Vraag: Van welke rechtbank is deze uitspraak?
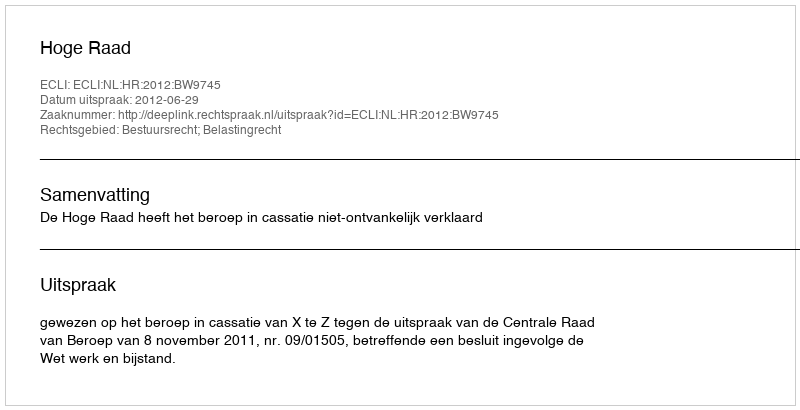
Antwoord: Hoge Raad